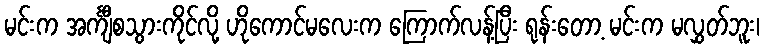
မင်းက အင်္ကျီစသွားကိုင်လို့ ဟိုကောင်မလေးက ကြောက်လန့်ပြီး ရုန်းတော့ မင်းက မလွှတ်ဘူး၊